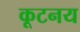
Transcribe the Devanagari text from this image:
कूटनय